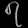
Digit: ၇